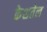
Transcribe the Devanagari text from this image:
केशतेल